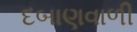
દબાણવાળી